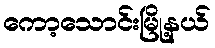
ကော့သောင်းမြို့နယ်